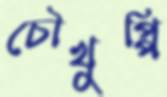
চৌখুপ্পি